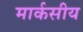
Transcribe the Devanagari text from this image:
मार्कसीय